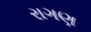
રાગણ